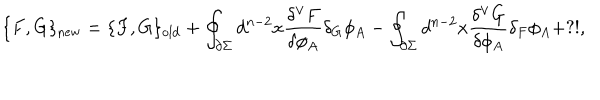
\{ F , G \} _ { \mathrm { n e w } } = \{ F , G \} _ { \mathrm { o l d } } + \oint _ { \partial \Sigma } d ^ { n - 2 } x \frac { \delta ^ { \vee } F } { \delta \phi _ { A } } \delta _ { G } \phi _ { A } - \oint _ { \partial \Sigma } d ^ { n - 2 } x \frac { \delta ^ { \vee } G } { \delta \phi _ { A } } \delta _ { F } \phi _ { A } + ? ! ,